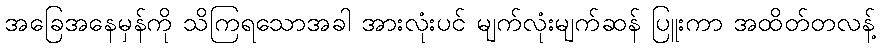
အခြေအနေမှန်ကို သိကြရသောအခါ အားလုံးပင် မျက်လုံးမျက်ဆန် ပြူးကာ အထိတ်တလန့်